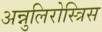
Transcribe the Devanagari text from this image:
अन्नुलिरोस्त्रिस